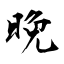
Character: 晩